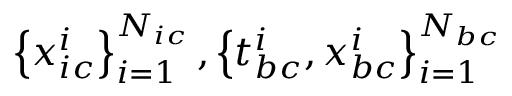
\left\{ \boldsymbol { x } _ { i c } ^ { i } \right\} _ { i = 1 } ^ { N _ { i c } } , \left\{ t _ { b c } ^ { i } , \boldsymbol { x } _ { b c } ^ { i } \right\} _ { i = 1 } ^ { N _ { b c } }